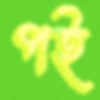
পই